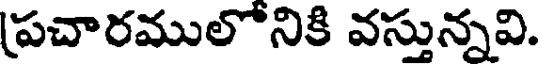
(పచారములోనికి వస్తున్నవి.